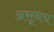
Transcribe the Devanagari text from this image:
असूनच